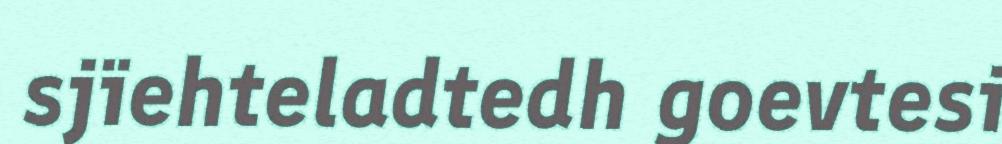
sjïehteladtedh goevtesi